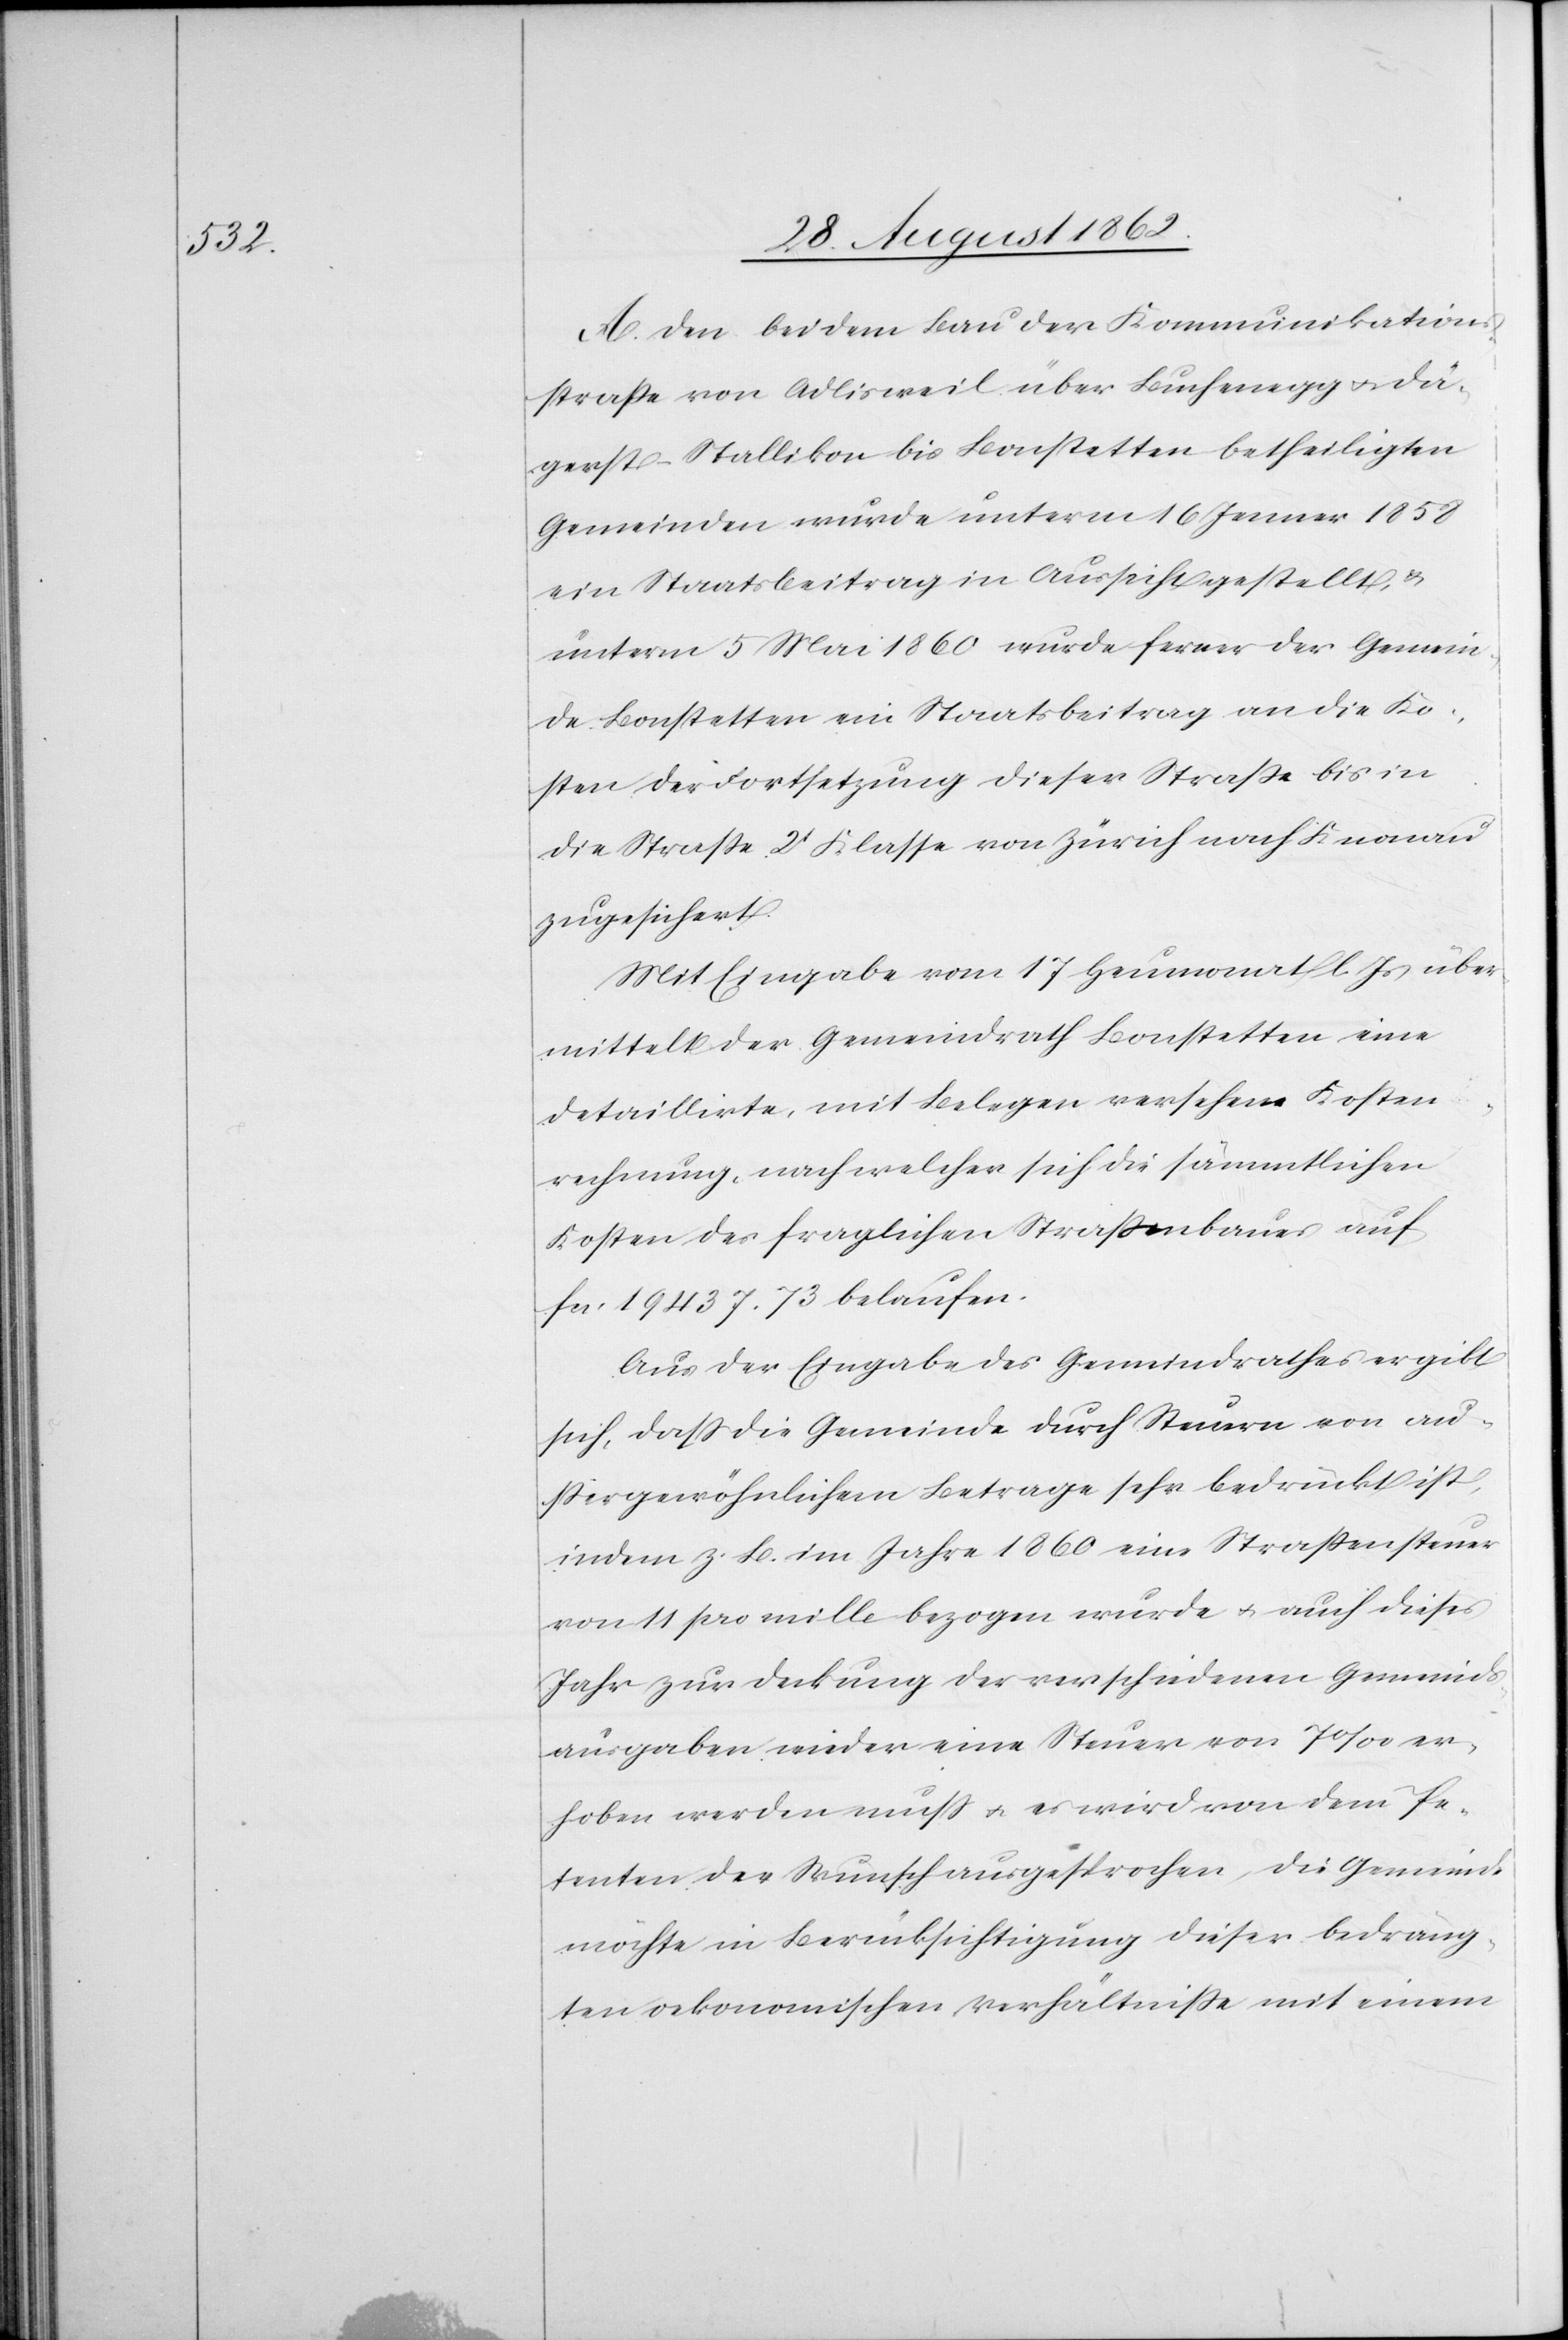
A. Den bei dem Bau der Kommunikations¬
straße von Adlisweil über Buchenegg u. Dä¬
gerst-Stallikon bis Bonstetten betheiligten
Gemeinden wurde unterm 16. Jenner 1858
ein Staatsbeitrag in Aussicht gestellt u.
unterm 5. Mai 1860 wurde ferner der Gemein¬
de Bonstetten ein Staatsbeitrag an die Ko¬
sten der Fortsetzung dieser Straße bis in
die Straße 2t Klasse von Zürich nach Knonau
zugesichert.
Mit Eingabe vom 17. Heumonat l. Js. über¬
mittelt der Gemeindrath Bonstetten eine
detaillirte, mit Belegen versehene Kosten¬
rechnung, nach welcher sich die sämmtlichen
Kosten des fraglichen Straßenbaues auf
fcs. 19 437. 73 belaufen.
Aus der Eingabe des Gemeindrathes ergibt
sich, daß die Gemeinde durch Steuern von au¬
ßergewöhnlichem Betrage sehr bedrückt ist,
indem z. B. im Jahre 1860 eine Straßensteuer
von 11 pro mille bezogen wurde u. auch dieses
Jahr zur Deckung der verschiedenen Gemeinds¬
ausgaben wieder eine Steuer von 7‰ er¬
hoben werden muß u. es wird von dem Pe¬
tenten der Wunsch ausgesprochen, die Gemeinde
möchte in Berücksichtigung dieser bedräng¬
ten oekonomischen Verhältniße mit einem